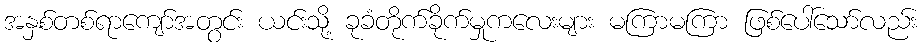
အနှစ်တစ်ရာကျော်အတွင်း ယင်းသို့ ခုခံတိုက်ခိုက်မှုကလေးများ မကြာမကြာ ဖြစ်ပေါ်သော်လည်း